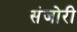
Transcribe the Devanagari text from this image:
संजोरी